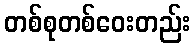
တစ်စုတစ်ဝေးတည်း